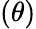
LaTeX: \left(\theta\right)